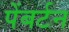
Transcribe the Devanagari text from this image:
पेंबर्टन